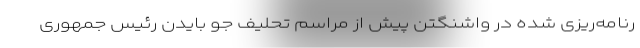
رنامه‌ریزی شده در واشنگتن پیش از مراسم تحلیف جو بایدن رئیس جمهوری